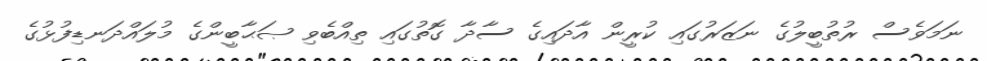
ނަމަވެސް ރުތުބީލުގެ ނަޒަރުގައި ކުރީން އާދައިގެ ސާދާ ގޮތުގައި ތިއްބެވި ޞަޙާބީންގެ މުލައްދަނޑިފުޅުގެ